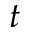
t